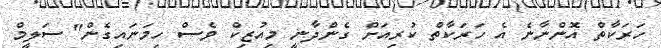
ހަރަކާތް އޮންނާނެ އެ ހަރަކާތް ކުރިއަށް ގެންދާނީ މިއުޒިކް ވެސް ހިމަނައިގެން" ސަލީމް